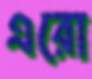
এরো